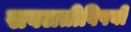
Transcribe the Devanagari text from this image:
सवलतीविषयी